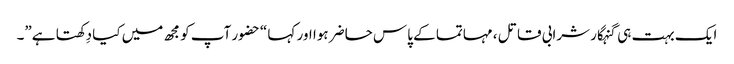
ایک بہت ہی گنہگار شرابی قاتل ، مہاتما کے پاس حاضر ہوا اور کہا “حضور آپ کو مجھ میں کیا دِکھتا ہے”۔